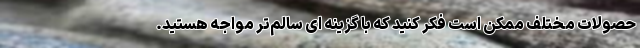
حصولات مختلف ممکن است فکر کنید که با گزینه ای سالم‌تر مواجه هستید.